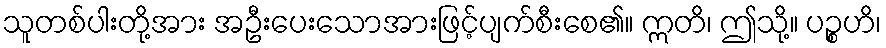
သူတစ်ပါးတို့အား အဦးပေးသောအားဖြင့်ပျက်စီးစေ၏။ ဣတိ၊ ဤသို့။ ပဉ္စဟိ၊